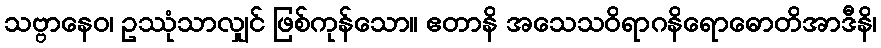
သဗ္ဗာနေဝ၊ ဥဿုံသာလျှင် ဖြစ်ကုန်သော။ ဧတာနိ အသေသဝိရာဂနိရောဓောတိအာဒီနိ၊